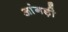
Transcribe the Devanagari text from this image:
आंगड़ी